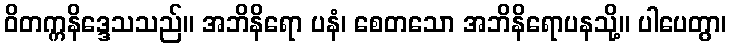
ဝိတက္ကနိဒ္ဒေသသည်။ အဘိနိရော ပနံ၊ စေတသော အဘိနိရောပနသို့။ ပါပေတွာ၊